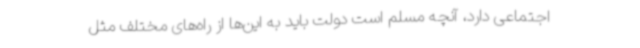
اجتماعی دارد، آنچه مسلم است دولت باید به این‌ها از راه‌های مختلف مثل